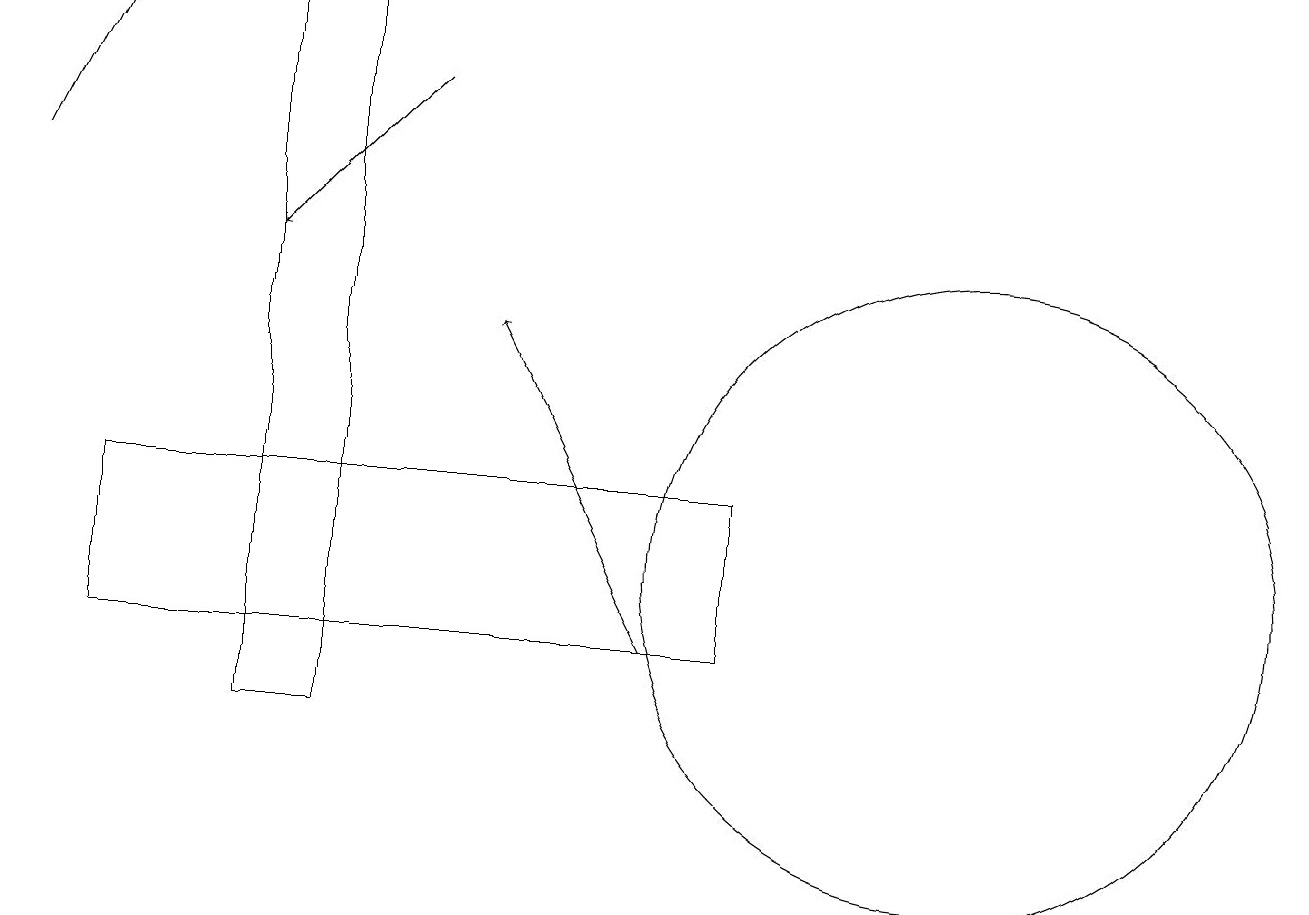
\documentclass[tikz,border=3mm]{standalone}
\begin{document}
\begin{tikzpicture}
\draw[->] (0,17) -- (1,19);
\draw[->] (5,18) -- (3,16);
\draw (12,12) circle (4);
\draw (1,11) rectangle (9,13);
\draw (4,19) rectangle (3,10);
\draw[->] (8,11) -- (6,15);
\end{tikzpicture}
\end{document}